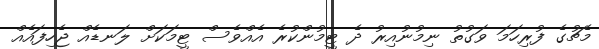
މެޗުގެ ފުރިހަމަ ވަގުތު ނިމުނުއިރު ދެ ޓީމުންކުރެ އެއްވެސް ޓީމަކަށް ލަނޑެއް ޖެހިފައެއް